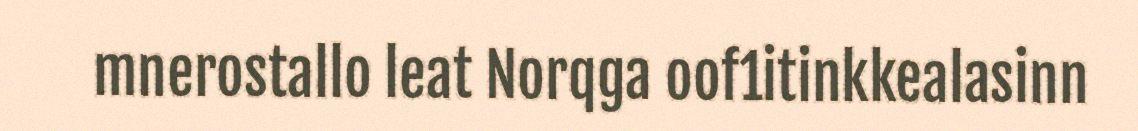
mnerostallo leat Norqga oof1itinkkealasinn